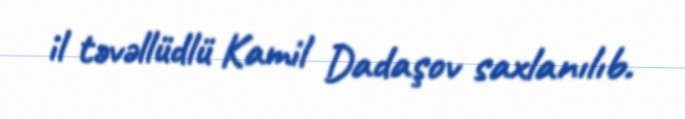
il təvəllüdlü Kamil Dadaşov saxlanılıb.